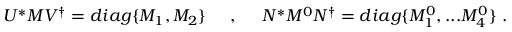
U ^ { * } { \cal M } V ^ { \dagger } = d i a g \{ M _ { 1 } , M _ { 2 } \} \; \; \; \; \; , \; \; \; \; \; N ^ { * } { \cal M } ^ { 0 } N ^ { \dagger } = d i a g \{ M _ { 1 } ^ { 0 } , . . . M _ { 4 } ^ { 0 } \} \ .